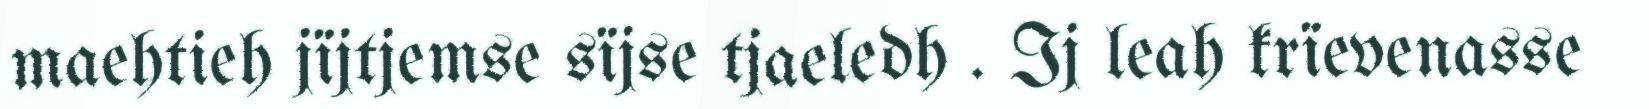
maehtieh jïjtjemse sïjse tjaeledh . Ij leah krïevenasse